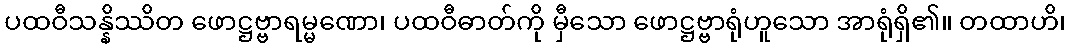
ပထဝီသန္နိဿိတ ဖောဋ္ဌဗ္ဗာရမ္မဏော၊ ပထဝီဓာတ်ကို မှီသော ဖောဋ္ဌဗ္ဗာရုံဟူသော အာရုံရှိ၏။ တထာဟိ၊